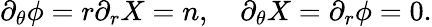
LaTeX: \partial_{\theta}\phi=r\partial_{r}X=n,\quad\partial_{\theta}X=\partial_{r}\phi=0.